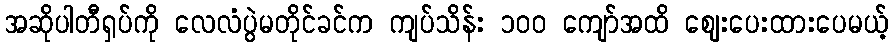
အဆိုပါတီရှပ်ကို လေလံပွဲမတိုင်ခင်က ကျပ်သိန်း ၁၀၀ ကျော်အထိ ဈေးပေးထားပေမယ့်